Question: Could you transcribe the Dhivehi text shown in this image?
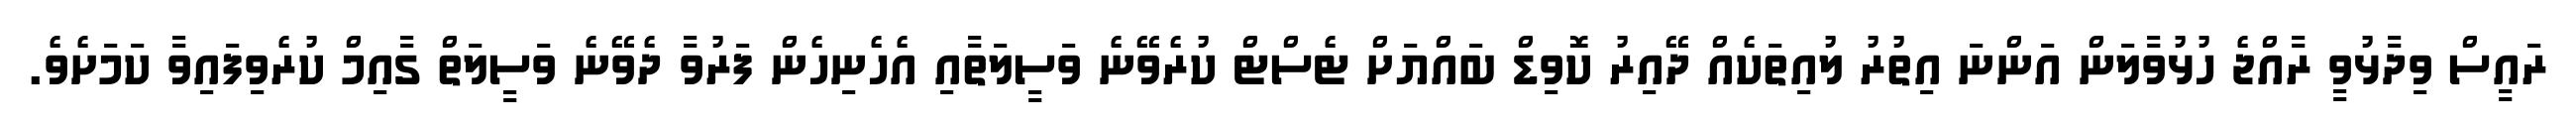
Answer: ރައީސް ވިދާޅުވީ ރާއްޖެ ހުޅުވާލަން އަންނަ އިތުރު ލުއިތަކެއް ދޭއިރު ކޮވިޑް ބައްޔަށް ޓެސްޓް ކުރެވޭނެ ވަސީލަތާއި އެހެނިހެން ފަރުވާ ދެވޭނެ ވަސީލަތް ގާއިމް ކުރެވިފައިވާ ކަމަށެވެ.